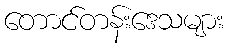
တောင်တန်းဒေသများ